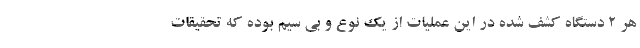
هر ۲ دستگاه کشف شده در این عملیات از یک نوع و بی سیم بوده که تحقیقات